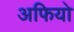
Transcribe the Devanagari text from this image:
अफियो